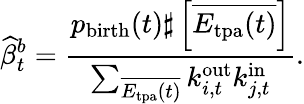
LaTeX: \widehat{\beta}_{t}^{b}=\frac{p_{\mathrm{birth}}(t)\sharp\left[{\overline{{E_{\mathrm{tpa}}(t)}}}\right]}{\sum_{\overline{{E_{\mathrm{tpa}}(t)}}}k_{i,t}^{\mathrm{out}}k_{j,t}^{\mathrm{in}}}.